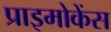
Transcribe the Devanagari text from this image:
प्राइमोकेंस